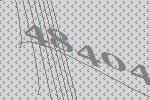
48404